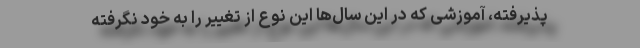
پذیرفته، آموزشی که در این سال‌ها این نوع از تغییر را به خود نگرفته